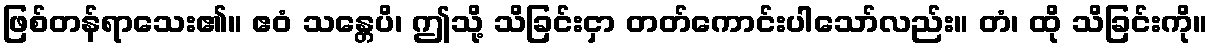
ဖြစ်တန်ရာသေး၏။ ဧဝံ သန္တေပိ၊ ဤသို့ သိခြင်းငှာ တတ်ကောင်းပါသော်လည်း။ တံ၊ ထို သိခြင်းကို။